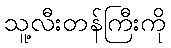
သူ့လီးတန်ကြီးကို